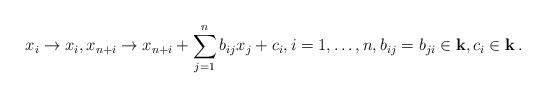
LaTeX: \begin{align*} x_i\to x_i, x_{n+i}\to x_{n+i}+\sum_{j=1}^n b_{ij} x_j+c_i,i=1,\dots,n,b_{ij}=b_{ji}\in \mathbf k,c_i \in \mathbf k\,. \end{align*}